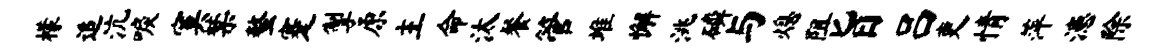
檬追沆唳寞禁螯蹇掣原主命汰餐管堆懈洮磷与熄阻旨吕吏情萍漶除